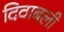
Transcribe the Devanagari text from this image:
दिवाबली